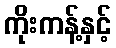
ကိုးကန့်နှင့်